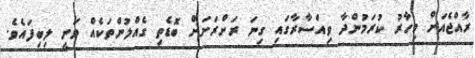
ރާއްޖެއަށް މިހާރު ކުރަމުންދާ ވިއްސާރާގައި ގިނަ ރަށްރަށަށް ބޮޑެތި ގެއްލުންތަކެއް ވަނީ ލިބިފައެވެ.